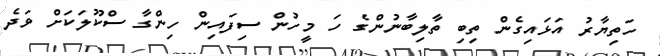
ހަތިޔާރު އަޅައިގެން ތިބި ތާލިބާނުންގެ ހަ މީހުން ސިފައިން ހިންގާ ސްކޫލަކަށް ވަދެ